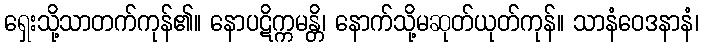
ရှေးသို့သာတက်ကုန်၏။ နောပဋိက္ကမန္တိ၊ နောက်သို့မဆုတ်ယုတ်ကုန်။ သာနံဝေဒနာနံ၊